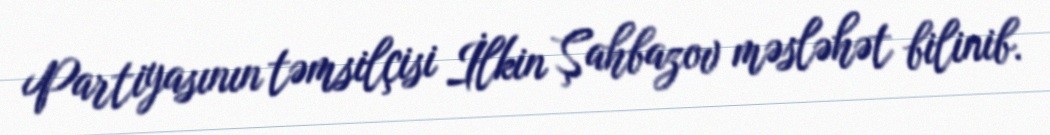
Partiyasının təmsilçisi İlkin Şahbazov məsləhət bilinib.